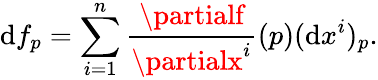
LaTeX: \mathrm{d}f_{p}=\sum_{i=1}^{n}{\frac{{\partialf}}{{\partialx^{i}}}}(p)(\mathrm{d}x^{i})_{p}.